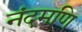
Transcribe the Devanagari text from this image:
नंदमणि